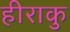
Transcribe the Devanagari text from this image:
हीराकु